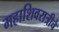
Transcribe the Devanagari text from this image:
महाशिवरात्रीचे